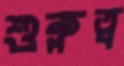
শুক্লত্ব